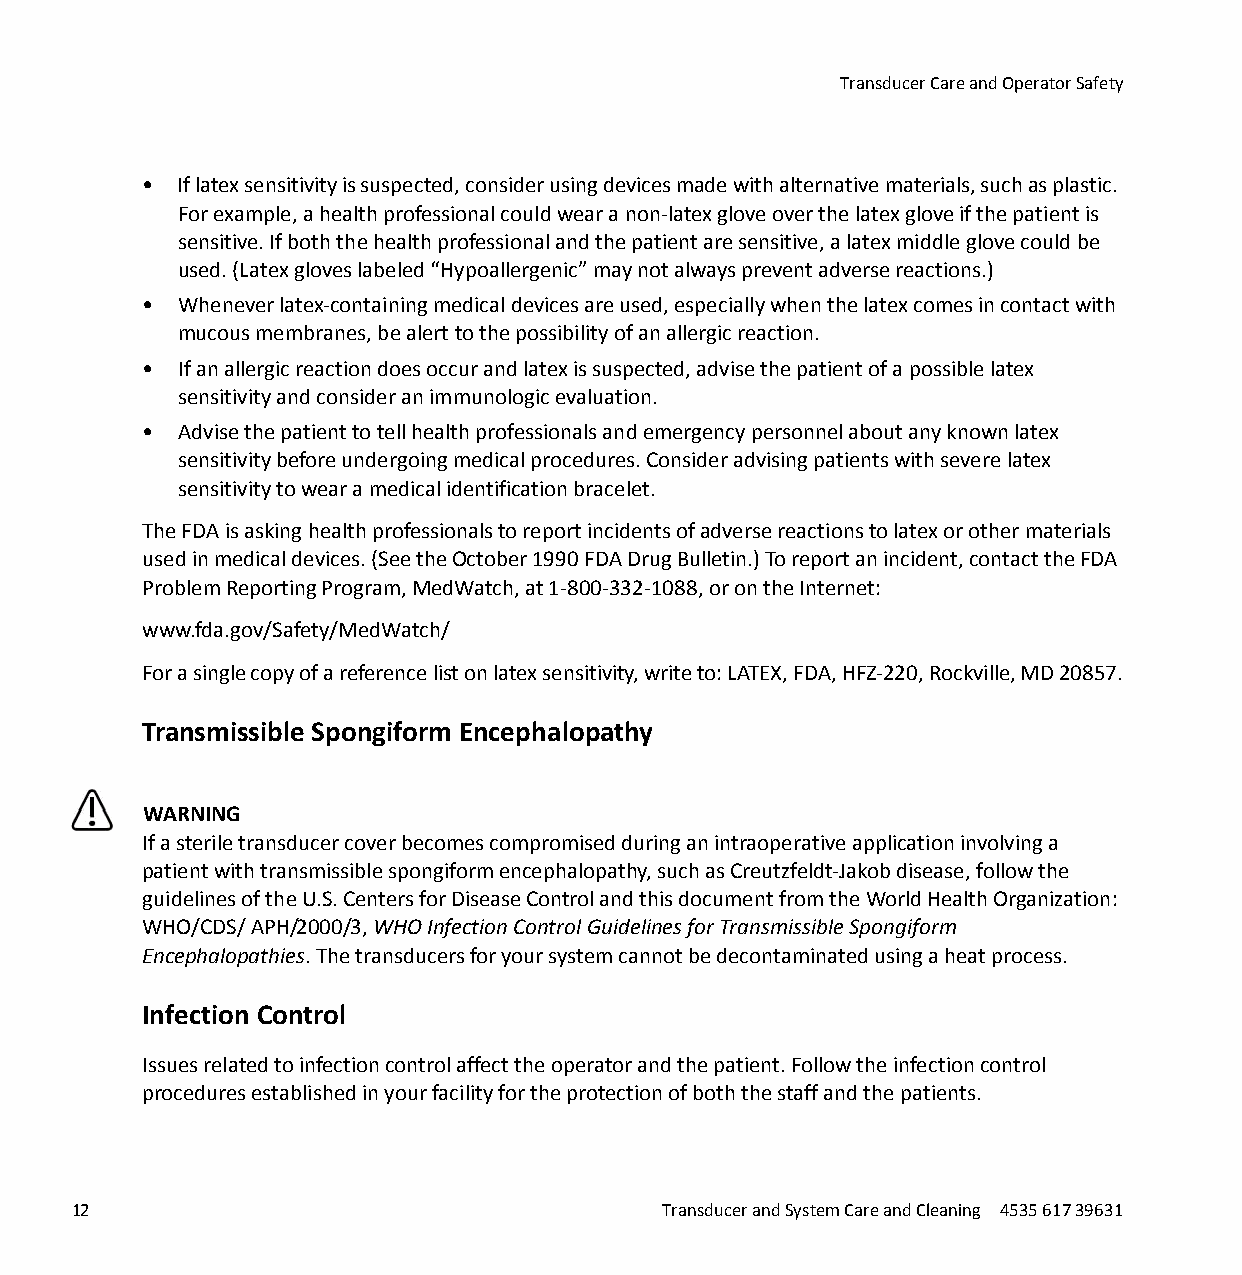
Transducer Care and Operator Safety
 • If latex sensitivity is suspected, consider using devices made with alternative materials, such as plastic.
 For example, a health professional could wear a non-latex glove over the latex glove if the patient is
 sensitive. If both the health professional and the patient are sensitive, a latex middle glove could be
 used. (Latex gloves labeled “Hypoallergenic” may not always prevent adverse reactions.)
 • Whenever latex-containing medical devices are used, especially when the latex comes in contact with
 mucous membranes, be alert to the possibility of an allergic reaction.
 • If an allergic reaction does occur and latex is suspected, advise the patient of a possible latex
 sensitivity and consider an immunologic evaluation.
 • Advise the patient to tell health professionals and emergency personnel about any known latex
 sensitivity before undergoing medical procedures. Consider advising patients with severe latex
 sensitivity to wear a medical identification bracelet.
 The FDA is asking health professionals to report incidents of adverse reactions to latex or other materials
 used in medical devices. (See the October 1990 FDA Drug Bulletin.) To report an incident, contact the FDA
 Problem Reporting Program, MedWatch, at 1-800-332-1088, or on the Internet:
 www.fda.gov/Safety/MedWatch/
 For a single copy of a reference list on latex sensitivity, write to: LATEX, FDA, HFZ-220, Rockville, MD 20857.
 Transmissible Spongiform Encephalopathy
 WARNING
 If a sterile transducer cover becomes compromised during an intraoperative application involving a
 patient with transmissible spongiform encephalopathy, such as Creutzfeldt-Jakob disease, follow the
 guidelines of the U.S. Centers for Disease Control and this document from the World Health Organization:
 WHO/CDS/ APH/2000/3, WHO Infection Control Guidelines for Transmissible Spongiform
 Encephalopathies. The transducers for your system cannot be decontaminated using a heat process.
 Infection Control
 Issues related to infection control affect the operator and the patient. Follow the infection control
 procedures established in your facility for the protection of both the staff and the patients.
 12                                     Transducer and System Care and Cleaning 4535 617 39631
 erachtlaeH
 spilihP